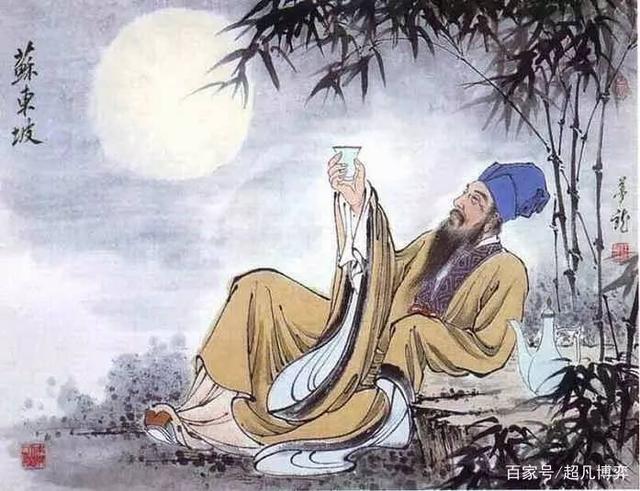
古之人，得志，泽加于民不得志，修身见于世。穷则独善其身，达则兼善天下。